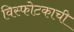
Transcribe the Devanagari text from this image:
विस्फोटकाची